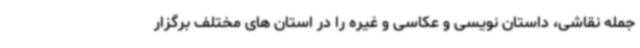
جمله نقاشی، داستان نویسی و عکاسی و غیره را در استان های مختلف برگزار